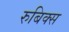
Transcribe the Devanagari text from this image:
रुबिक्स